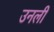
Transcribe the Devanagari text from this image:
उनली